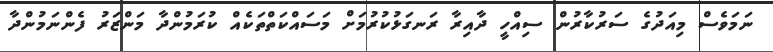
ނަމަވެސް މިއަދުގެ ސަރުކާރުން ސިއްހީ ދާއިރާ ރަނގަޅުކުރުމަށް މަސައްކަތްތަކެއް ކުރަމުންދާ މަންޒަރު ފެންނަމުންދާ